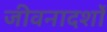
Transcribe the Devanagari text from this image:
जीवनादर्शों